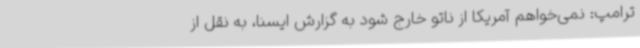
ترامپ: نمی‌خواهم آمریکا از ناتو خارج شود به گزارش ایسنا، به نقل از